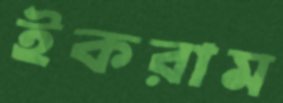
ইকরাম